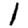
Digit: 1